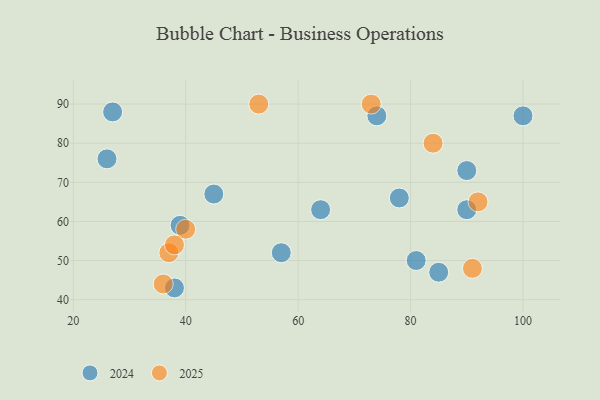
{"axis": {"x": "GDP", "y": "Life Expectancy"}, "legend": ["2024", "2025"], "data": [{"x": "37", "y": 52, "type": "2025"}, {"x": "91", "y": 48, "type": "2025"}, {"x": "53", "y": 90, "type": "2025"}, {"x": "40", "y": 58, "type": "2025"}, {"x": "36", "y": 44, "type": "2025"}, {"x": "38", "y": 54, "type": "2025"}, {"x": "84", "y": 80, "type": "2025"}, {"x": "73", "y": 90, "type": "2025"}, {"x": "92", "y": 65, "type": "2025"}, {"x": "38", "y": 43, "type": "2024"}, {"x": "27", "y": 88, "type": "2024"}, {"x": "78", "y": 66, "type": "2024"}, {"x": "90", "y": 63, "type": "2024"}, {"x": "39", "y": 59, "type": "2024"}, {"x": "90", "y": 73, "type": "2024"}, {"x": "45", "y": 67, "type": "2024"}, {"x": "100", "y": 87, "type": "2024"}, {"x": "74", "y": 87, "type": "2024"}, {"x": "81", "y": 50, "type": "2024"}, {"x": "64", "y": 63, "type": "2024"}, {"x": "26", "y": 76, "type": "2024"}, {"x": "57", "y": 52, "type": "2024"}, {"x": "85", "y": 47, "type": "2024"}]}